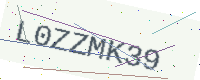
Text: L0ZZMK39